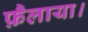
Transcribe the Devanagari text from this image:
फ़ैलाया।